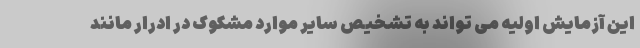
این آزمایش اولیه می تواند به تشخیص سایر موارد مشکوک در ادرار مانند